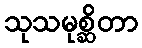
သုသမုစ္ဆိတာ